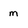
Character: m